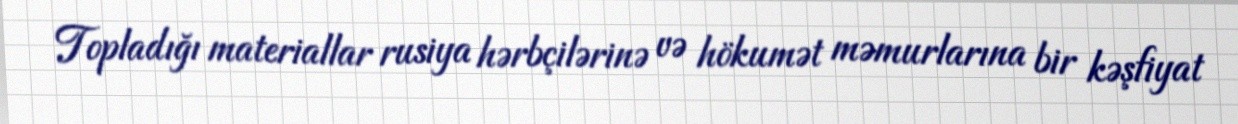
Topladığı materiallar rusiya hərbçilərinə və hökumət məmurlarına bir kəşfiyat